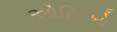
ઓહિઓ